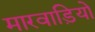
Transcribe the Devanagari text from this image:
मारवाड़ियो